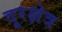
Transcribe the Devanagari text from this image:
दूरक्षेत्र